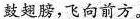
鼓翅膀，飞向前方。